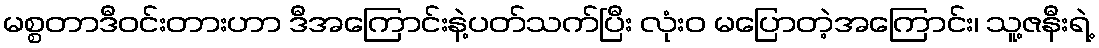
မစ္စတာဒီဝင်းတားဟာ ဒီအကြောင်းနဲ့ပတ်သက်ပြီး လုံးဝ မပြောတဲ့အကြောင်း၊ သူ့ဇနီးရဲ့